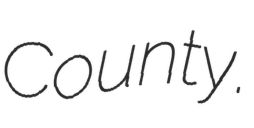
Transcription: County.